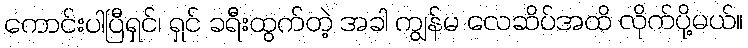
ကောင်းပါပြီရှင်၊ ရှင် ခရီးထွက်တဲ့ အခါ ကျွန်မ လေဆိပ်အထိ လိုက်ပို့မယ်။